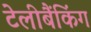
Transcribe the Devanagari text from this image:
टेलीबैंकिंग